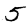
Digit: 5